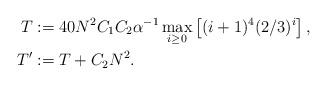
\begin{align*}T&:=40 N^2 C_1 C_2 \alpha^{-1} \max_{i\ge 0}\left[ (i+1)^4(2/3)^i\right],\\T'&:=T+C_2N^2.\end{align*}